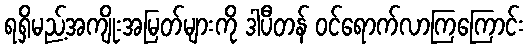
ရရှိမည့်အကျိုးအမြတ်များကို ဒါပီတန် ဝင်ရောက်လာကြကြောင်း